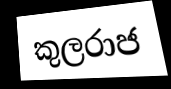
කුලරාජ